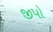
જીપો